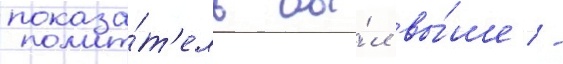
показа́т'ель бы́л вы́ше -